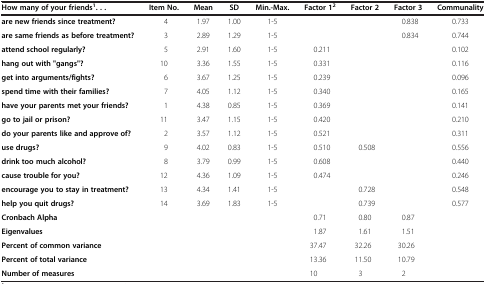
| How many of your friends1. . . | Item No. | Mean | SD | Min.-Max. | Factor 12 | Factor 2 | Factor 3 | Communality |
 | --- | --- | --- | --- | --- | --- | --- | --- | --- |
 | are new friends since treatment? | 4 | 1.97 | 1.00 | 1-5 |  |  | 0.838 | 0.733 |
 | are same friends as before treatment? | 3 | 2.89 | 1.29 | 1-5 |  |  | 0.834 | 0.744 |
 | attend school regularly? | 5 | 2.91 | 1.60 | 1-5 | 0.211 |  |  | 0.102 |
 | hang out with "gangs"? | 10 | 3.36 | 1.55 | 1-5 | 0.331 |  |  | 0.116 |
 | get into arguments/fights? | 6 | 3.67 | 1.25 | 1-5 | 0.239 |  |  | 0.096 |
 | spend time with their families? | 7 | 4.05 | 1.12 | 1-5 | 0.340 |  |  | 0.165 |
 | have your parents met your friends? | 1 | 4.38 | 0.85 | 1-5 | 0.369 |  |  | 0.141 |
 | go to jail or prison? | 11 | 3.47 | 1.15 | 1-5 | 0.420 |  |  | 0.210 |
 | do your parents like and approve of? | 2 | 3.57 | 1.12 | 1-5 | 0.521 |  |  | 0.311 |
 | use drugs? | 9 | 4.02 | 0.83 | 1-5 | 0.510 | 0.508 |  | 0.556 |
 | drink too much alcohol? | 8 | 3.79 | 0.99 | 1-5 | 0.608 |  |  | 0.440 |
 | cause trouble for you? | 12 | 4.36 | 1.09 | 1-5 | 0.474 |  |  | 0.246 |
 | encourage you to stay in treatment? | 13 | 4.34 | 1.41 | 1-5 |  | 0.728 |  | 0.548 |
 | help you quit drugs? | 14 | 3.69 | 1.83 | 1-5 |  | 0.739 |  | 0.577 |
 | Cronbach Alpha |  |  |  |  | 0.71 | 0.80 | 0.87 |  |
 | Eigenvalues |  |  |  |  | 1.87 | 1.61 | 1.51 |  |
 | Percent of common variance |  |  |  |  | 37.47 | 32.26 | 30.26 |  |
 | Percent of total variance |  |  |  |  | 13.36 | 11.50 | 10.79 |  |
 | Number of measures |  |  |  |  | 10 | 3 | 2 |  |